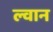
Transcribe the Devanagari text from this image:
ल्वान